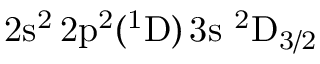
\mathrm { 2 s ^ { 2 } \, 2 p ^ { 2 } ( ^ { 1 } D ) \, 3 s ~ ^ { 2 } D _ { 3 / 2 } }